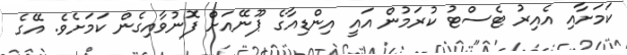
ކަމަށާއި އެއިރު ޓެސްޓު ކުރަމުން އައީ އިންޑިއާގެ ޕޫނޭއަށް ފޮނުވާއިގެން ކަމަށެވެ. އޭގެ